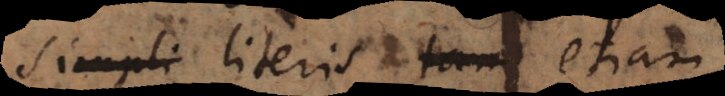
simpli literis tam etiam